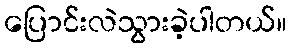
ပြောင်းလဲသွားခဲ့ပါတယ်။